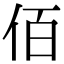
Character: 佰